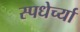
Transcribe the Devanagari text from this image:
स्पधेर्च्या